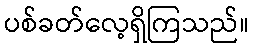
ပစ်ခတ်လေ့ရှိကြသည်။